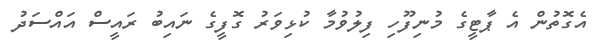
އެގޮތުން އެ ޕާޓީގެ މުނިފޫހި ފިލުވުމާ ކުޅިވަރު ގޮފީގެ ނައިބު ރައީސް އައްސަދު